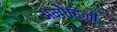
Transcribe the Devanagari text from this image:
अमोहिनी